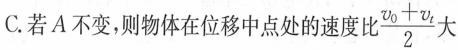
C. 若A不变，则物体在位移中点处的速度比 \frac{\upsilon _{0}+ \upsilon _{t}}{2}大